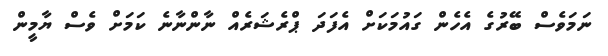
ނަމަވެސް ބޭރުގެ އެހެން ގައުމަކަށް އެފަދަ ޕްރެޝަރެއް ނާންނާނެ ކަމަށް ވެސް ޔާމީން